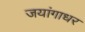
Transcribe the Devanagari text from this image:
जयांगाधर